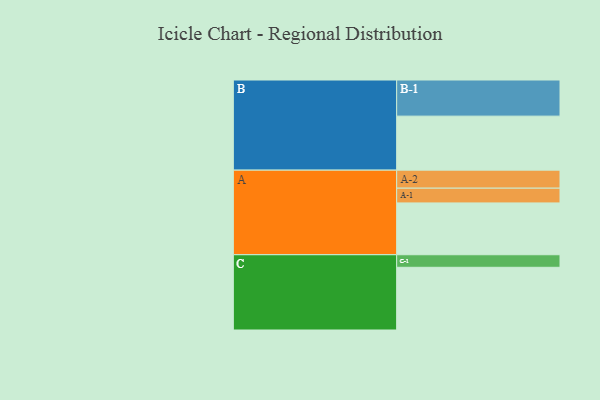
{"axis": {"x": "Segment", "y": "Value"}, "legend": ["", "A", "B", "C"], "data": [{"x": "A", "y": 400, "type": ""}, {"x": "B", "y": 417, "type": ""}, {"x": "C", "y": 484, "type": ""}, {"x": "A-1", "y": 114, "type": "A"}, {"x": "A-2", "y": 139, "type": "A"}, {"x": "B-1", "y": 279, "type": "B"}, {"x": "C-1", "y": 97, "type": "C"}]}